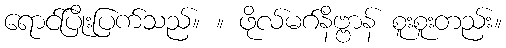
ရောင်ပြိုးပြက်သည်။ ။ ဖိုလ်မဂ်နိဗ္ဗာန် စူးစူးတည်း။